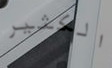
الكثير